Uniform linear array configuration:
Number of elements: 64
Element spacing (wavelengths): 0.5
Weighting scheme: exponential
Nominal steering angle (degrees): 15
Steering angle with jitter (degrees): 14.766
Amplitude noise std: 0.05
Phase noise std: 0.05

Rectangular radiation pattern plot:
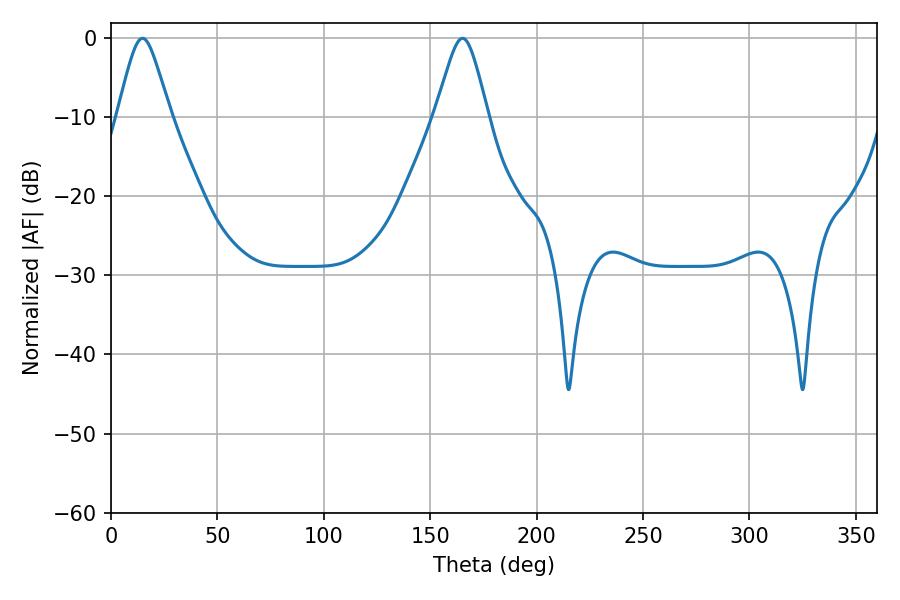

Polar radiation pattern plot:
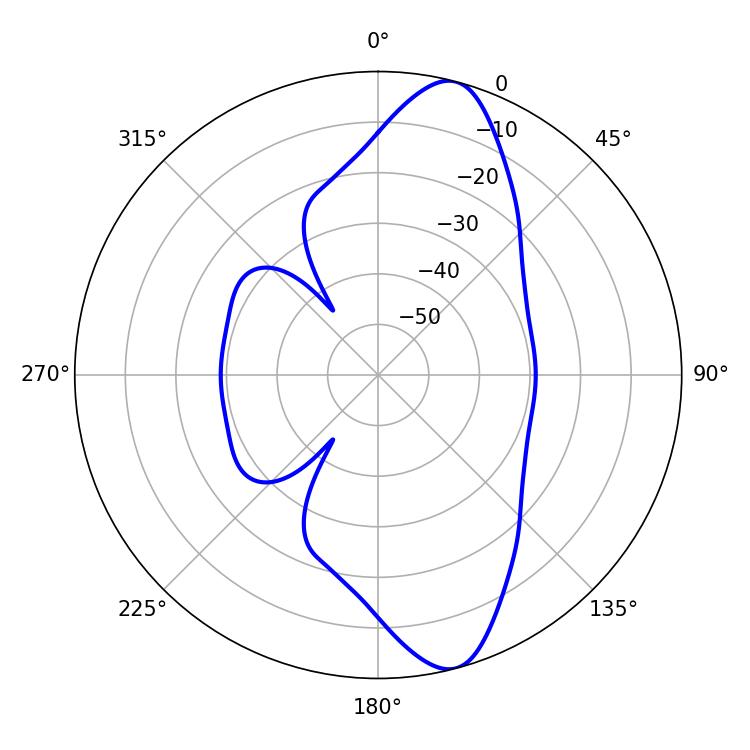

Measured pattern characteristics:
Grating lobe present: FALSE
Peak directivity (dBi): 11.749
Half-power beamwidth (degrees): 11.88
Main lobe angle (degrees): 14.76